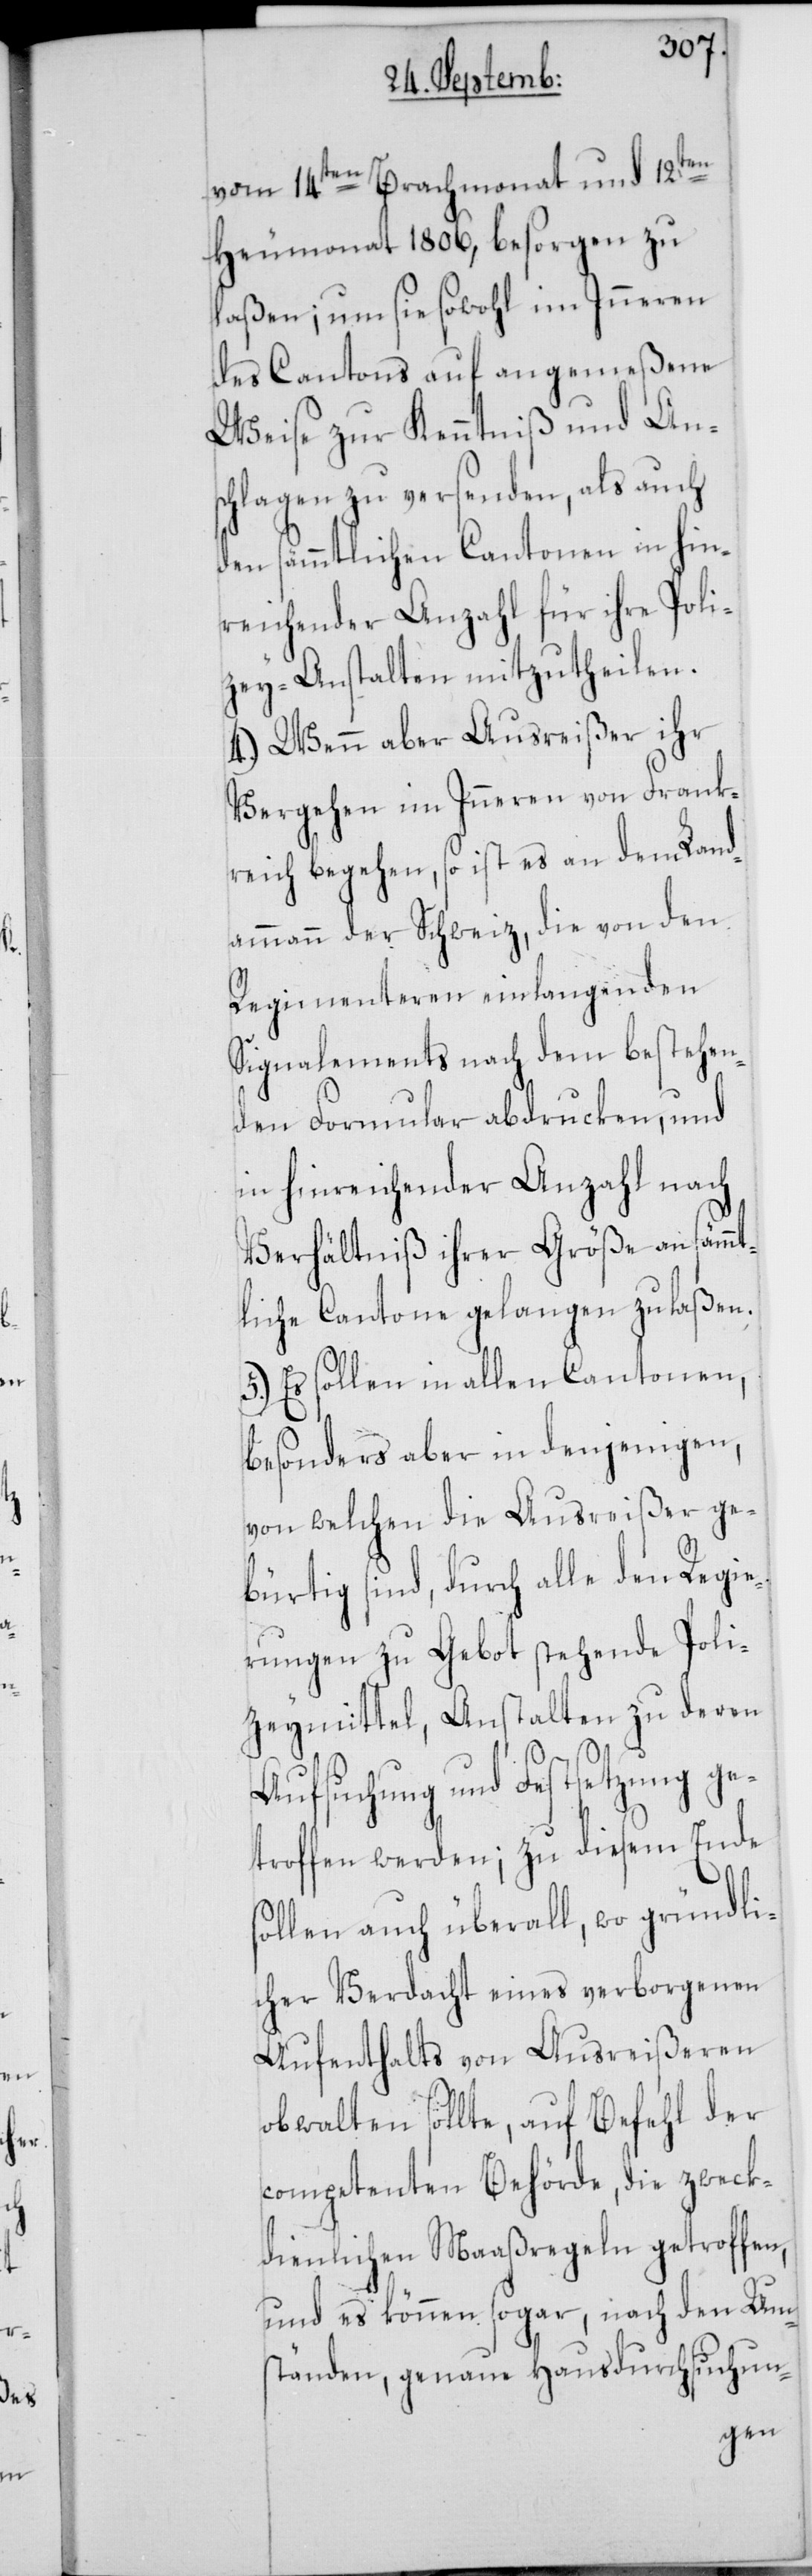
vom 14ten Brachmonat und 12ten
Heumonat 1806, besorgen zu
laßen; um sie sowohl im Inneren
des Cantons auf angemeßene
Weise zur Kenntniß und Ans¬
chlagen zu versenden, als auch
den sämmtlichen Cantonen in hin¬
reichender Anzahl für ihre Poli¬
zey-Anstalten mitzutheilen.
4.) Wenn aber Ausreißer ihr
Vergehen im Inneren von Frank¬
reich begehen, so ist es an dem Land¬
ammann der Schweiz, die von den
Regimenteren einlangenden
Signalements nach dem bestehen¬
den Formular abdrucken, und
in hinreichender Anzahl nach
Verhältniß ihrer Größe an sämmt¬
liche Cantone gelangen zu laßen.
5.) Es sollen in allen Cantonen,
besonders aber in denjenigen,
von welchen die Ausreißer ge¬
bürtig sind, durch alle den Regie¬
rungen zu Gebot stehende Poli¬
zeymittel, Anstalten zu deren
Aufsuchung und Festsetzung ge¬
troffen werden; zu diesem Ende
sollen auch überall, wo gründli¬
cher Verdacht eines verborgenen
Aufenthalts von Ausreißeren
obwalten sollte, auf Befehl der
competenten Behörde, die zweck¬
dienlichen Maaßregeln getroffen,
und es können sogar, nach den Um¬
ständen, genaue Hausdurchsuchun-